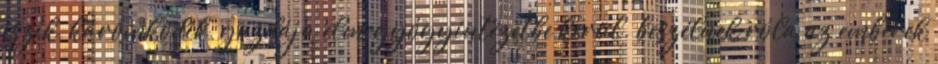
iszik, káromkodik, gazdája elmegyógyintézetbe kerül. beszélnek róla az emberek